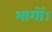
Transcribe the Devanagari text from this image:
भागों।